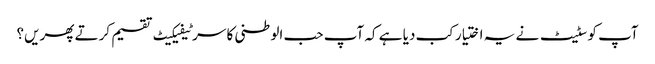
آپ کو سٹیٹ نے یہ اختیار کب دیا ہے کہ آپ حب الوطنی کا سرٹیفیکیٹ تقسیم کرتے پھریں؟